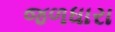
જળધારા